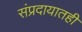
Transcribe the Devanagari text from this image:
संप्रदायातही